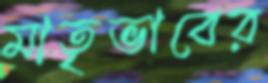
মাতৃভাবের